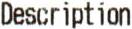
DESCRIPTION